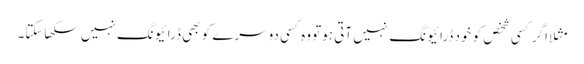
مثلًا اگر کسی شخص کو خود ڈرائیونگ نہیں آتی ہوتو وہ کسی دوسرے کو بھی ڈرائیونگ نہیں سکھاسکتا۔